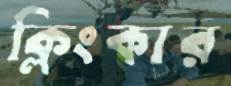
ক্লিংকার